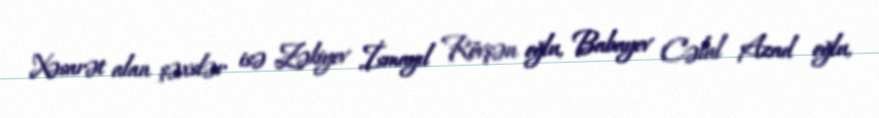
Xəsarət alan şəxslər isə Zəkiyev İsmayıl Rövşən oğlu, Babayev Cəlal Azad oğlu,